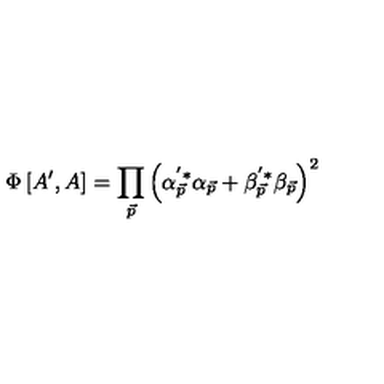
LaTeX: \Phi \left[ A ^ { \prime } , A \right] = \prod _ { \vec { p } } \left( \alpha _ { \vec { p } } ^ { ^ { \prime } * } \alpha _ { \vec { p } } + \beta _ { \vec { p } } ^ { ^ { \prime } * } \beta _ { \vec { p } } \right) ^ { 2 }